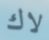
لاك